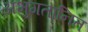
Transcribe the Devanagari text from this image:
अभुगतानित